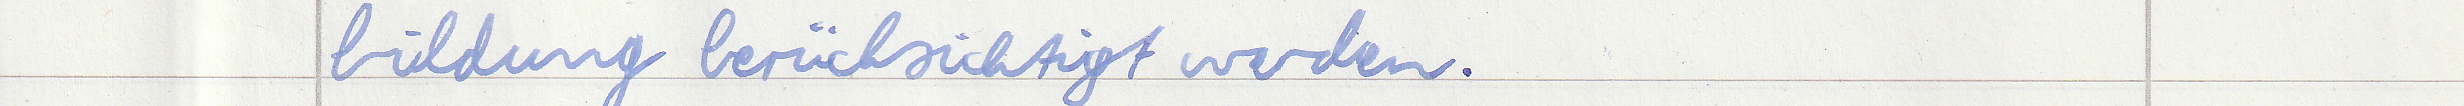
bildung berücksichtigt werden.